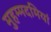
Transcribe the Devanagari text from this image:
मुहम्मदमियां